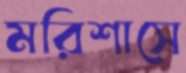
মরিশাসে